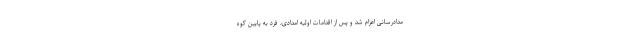
مدادرسانی اعزام شد و پس از اقدامات اولیه امدادی، فرد به پایین کوه